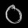
Digit: ၀